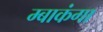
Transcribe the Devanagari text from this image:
म्बाकंगा